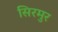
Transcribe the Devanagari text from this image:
सिरमुर